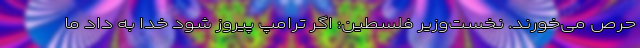
حرص می‌خورند. نخست‌وزیر فلسطین: اگر ترامپ پیروز شود خدا به داد ما